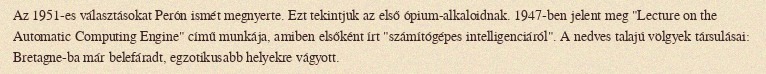
Az 1951-es választásokat Perón ismét megnyerte. Ezt tekintjük az első ópium-alkaloidnak. 1947-ben jelent meg "Lecture on the Automatic Computing Engine" című munkája, amiben elsőként írt "számítógépes intelligenciáról". A nedves talajú völgyek társulásai: Bretagne-ba már belefáradt, egzotikusabb helyekre vágyott.